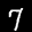
Label: 7